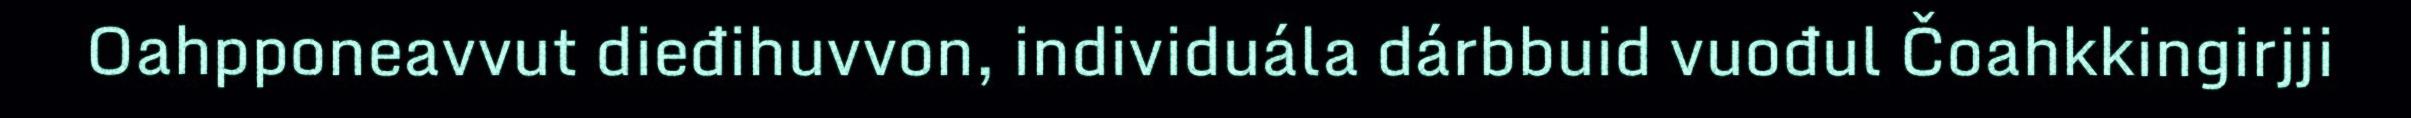
Oahpponeavvut dieđihuvvon, individuála dárbbuid vuođul Čoahkkingirjji